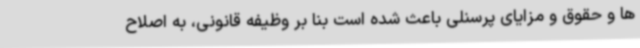
ها و حقوق و مزایای پرسنلی باعث شده است بنا بر وظیفه قانونی، به اصلاح